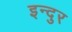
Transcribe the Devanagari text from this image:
इन्दुर